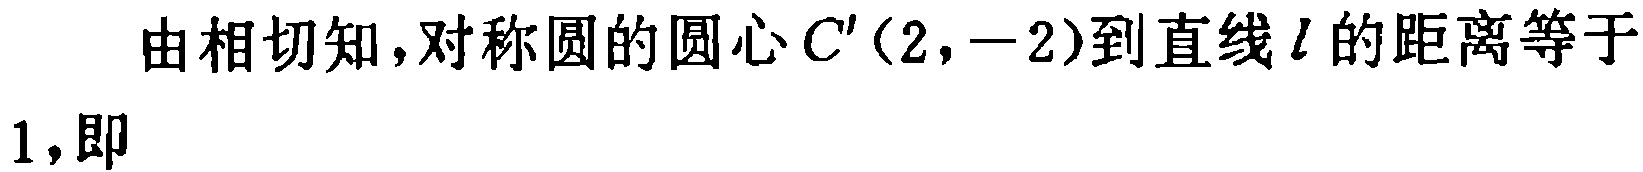
由相切知,对称圆的圆心\(C'(2,-2)\)到直线\(l\)的距离等于\(1\),即